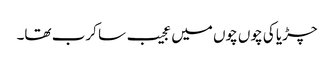
چڑیا کی چوں چوں میں عجیب سا کرب تھا۔